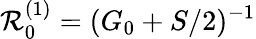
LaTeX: \mathcal{R}_{0}^{(1)}=(G_{0}+S/2)^{-1}